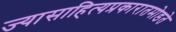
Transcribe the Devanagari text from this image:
ज्यासाहित्यप्रकारातमोडते